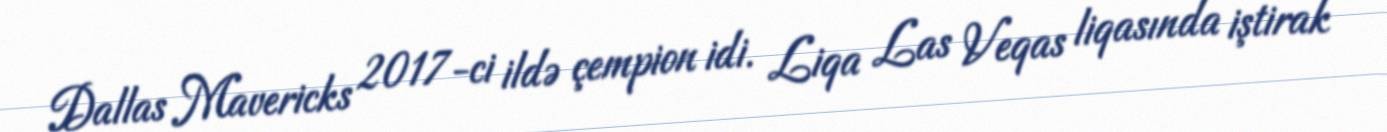
Dallas Mavericks 2017-ci ildə çempion idi. Liqa Las Veqas liqasında iştirak